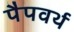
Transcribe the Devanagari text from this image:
पैपवर्थ